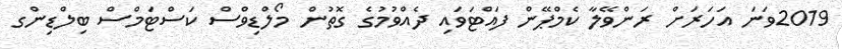
2019ވަނަ އަހަރަށް ރަންވޭލާ ކެމްޕޭން ފައްޓަވައި ދެއްވުމުގެ ގޮތުން މޯލްޑިވްސް ކަސްޓަމްސް ބިލްޑިންގ